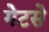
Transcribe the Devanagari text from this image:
गेटसे